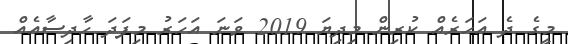
މީގެ ދެ އަހަރެއް ކުރިން މިދިޔަ 2019 ވަނަ އަހަރު މިފަދަ ހާދިސާއެއް